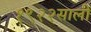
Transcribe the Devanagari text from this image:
१९२२साली